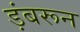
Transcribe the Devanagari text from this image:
ड़ंबरून